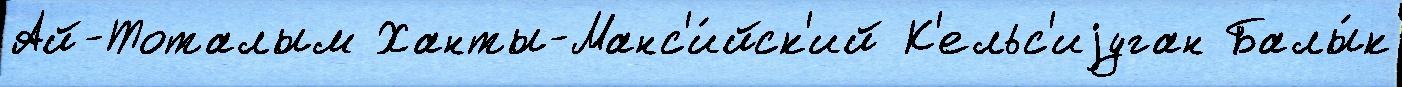
Ай-Тоталым Ханты-Манс'и́йск'ий К'ельс'иjуган Балы́к